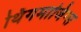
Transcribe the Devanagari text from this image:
थिंगमाजिग्स